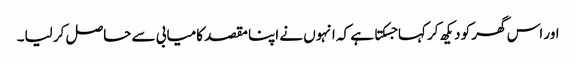
اور اس گھر کو دیکھ کر کہا جسکتا ہے کہ انہوں نے اپنا مقصد کامیابی سے حاصل کر لیا۔